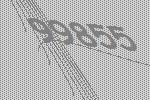
99855